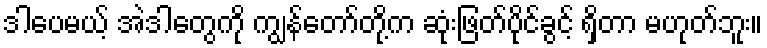
ဒါပေမယ့် အဲဒါတွေကို ကျွန်တော်တို့က ဆုံးဖြတ်ပိုင်ခွင့် ရှိတာ မဟုတ်ဘူး။